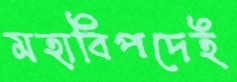
মহাবিপদেই